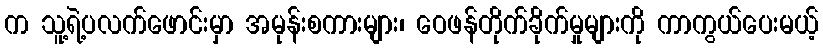
က သူ့ရဲ့ပလက်ဖောင်းမှာ အမုန်းစကားများ၊ ဝေဖန်တိုက်ခိုက်မှုများကို ကာကွယ်ပေးမယ့်